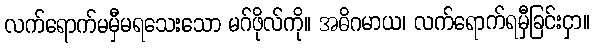
လက်ရောက်မမှီမရသေးသော မဂ်ဖိုလ်ကို။ အဓိဂမာယ၊ လက်ရောက်ရမှီခြင်းငှာ။